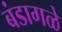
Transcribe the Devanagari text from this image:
बंडागळे